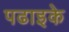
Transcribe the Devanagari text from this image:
पढाइके